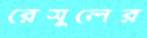
রেসুলের